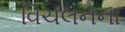
વિચલનના